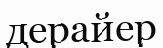
дерайер